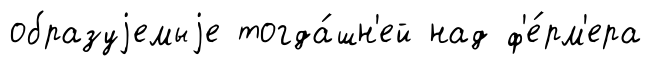
образуjемыjе тогда́шн'ей над ф'е́рм'ера